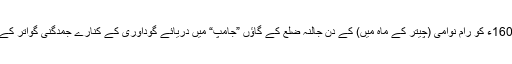
وہ 1530 (شالیواہن شک) بمطابق 1608ء کو رام نوامی (چیتر کے ماہ میں) کے دن جالنہ ضلع کے گاؤں ”جامپ“ میں دریائے گوداوری کے کنارے جمدگنی گواتر کے دیششتھ براہمن خاندان میں پیدا ہوئے۔